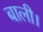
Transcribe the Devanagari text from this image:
बाली।